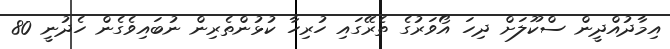
އިމާދުއްދީން ސްކޫލަށް ދިހަ އޯވަރުގެ ތެރޭގައި ހުރިހާ ކުޅުންތެރިން ނުބައިވެގެން ހެދުނީ 80